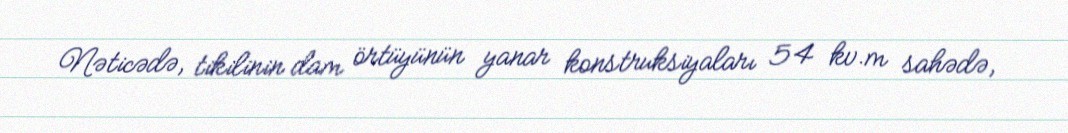
Nəticədə, tikilinin dam örtüyünün yanar konstruksiyaları 54 kv.m sahədə,